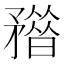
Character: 𥎏